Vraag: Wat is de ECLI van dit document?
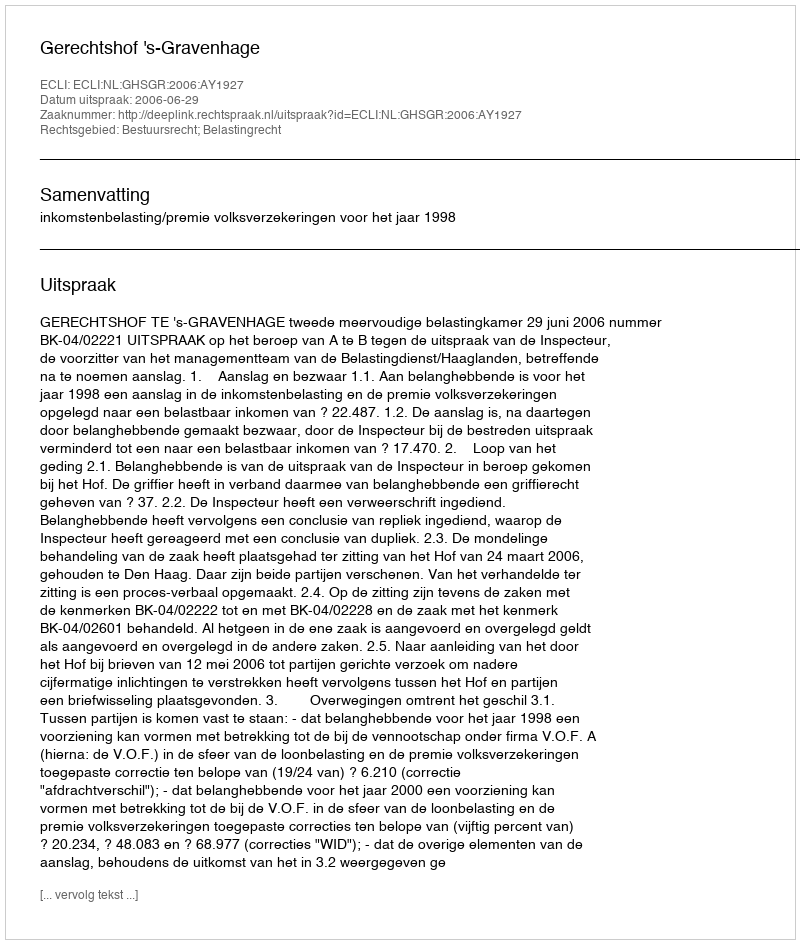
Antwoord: ECLI:NL:GHSGR:2006:AY1927